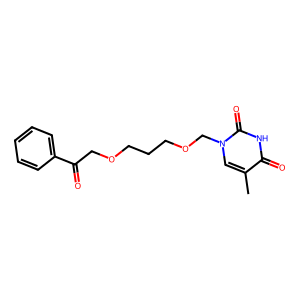
SMILES: Cc1cn(COCCCOCC(=O)c2ccccc2)c(=O)[nH]c1=O
Inhibits HIV replication: Yes